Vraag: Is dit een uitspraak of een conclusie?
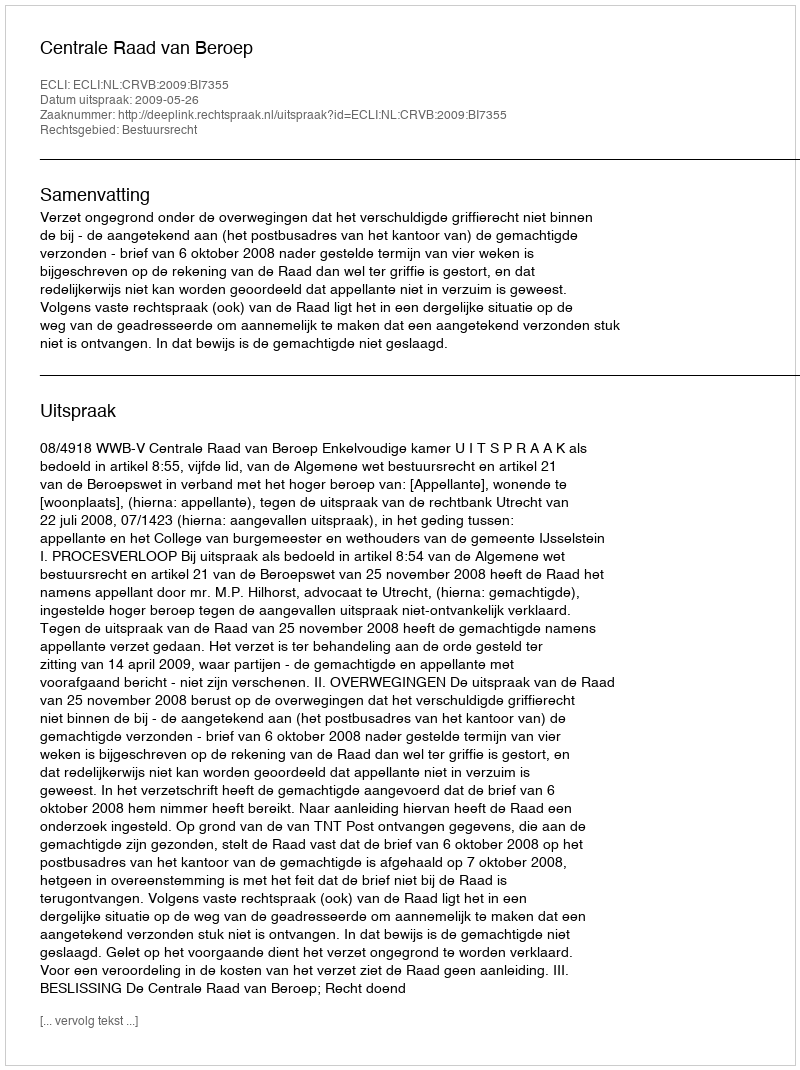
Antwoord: Uitspraak